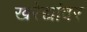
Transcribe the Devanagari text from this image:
खरेद्यांवर